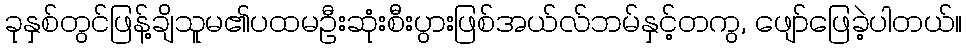
ခုနှစ်တွင်ဖြန့်ချိသူမ၏ပထမဦးဆုံးစီးပွားဖြစ်အယ်လ်ဘမ်နှင့်တကွ, ဖျော်ဖြေခဲ့ပါတယ်။